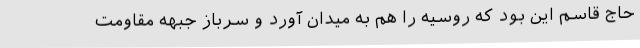
حاج قاسم این بود که روسیه را هم به میدان آورد و سرباز جبهه مقاومت